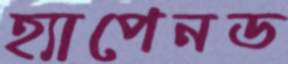
হ্যাপেনড